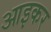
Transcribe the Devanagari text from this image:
आइकर